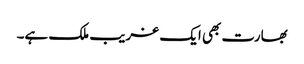
بھارت بھی ایک غریب ملک ہے۔